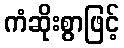
ကံဆိုးစွာဖြင့်